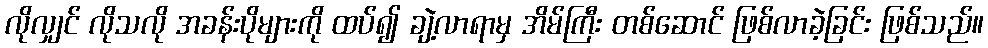
လိုလျှင် လိုသလို အခန်းပိုများကို ထပ်၍ ချဲ့လာရာမှ အိမ်ကြီး တစ်ဆောင် ဖြစ်လာခဲ့ခြင်း ဖြစ်သည်။